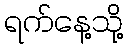
ရက်နေ့သို့